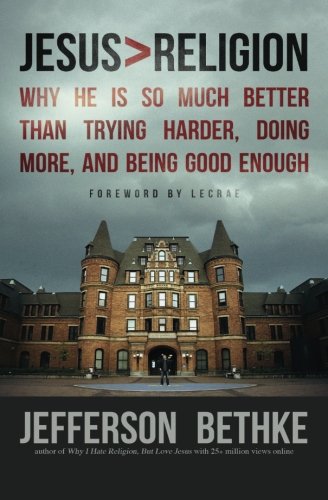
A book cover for Jesus > Religion: Why He Is So Much Better Than Trying Harder, Doing More, and Being Good Enough; Jefferson Bethke; Christian Books & Bibles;